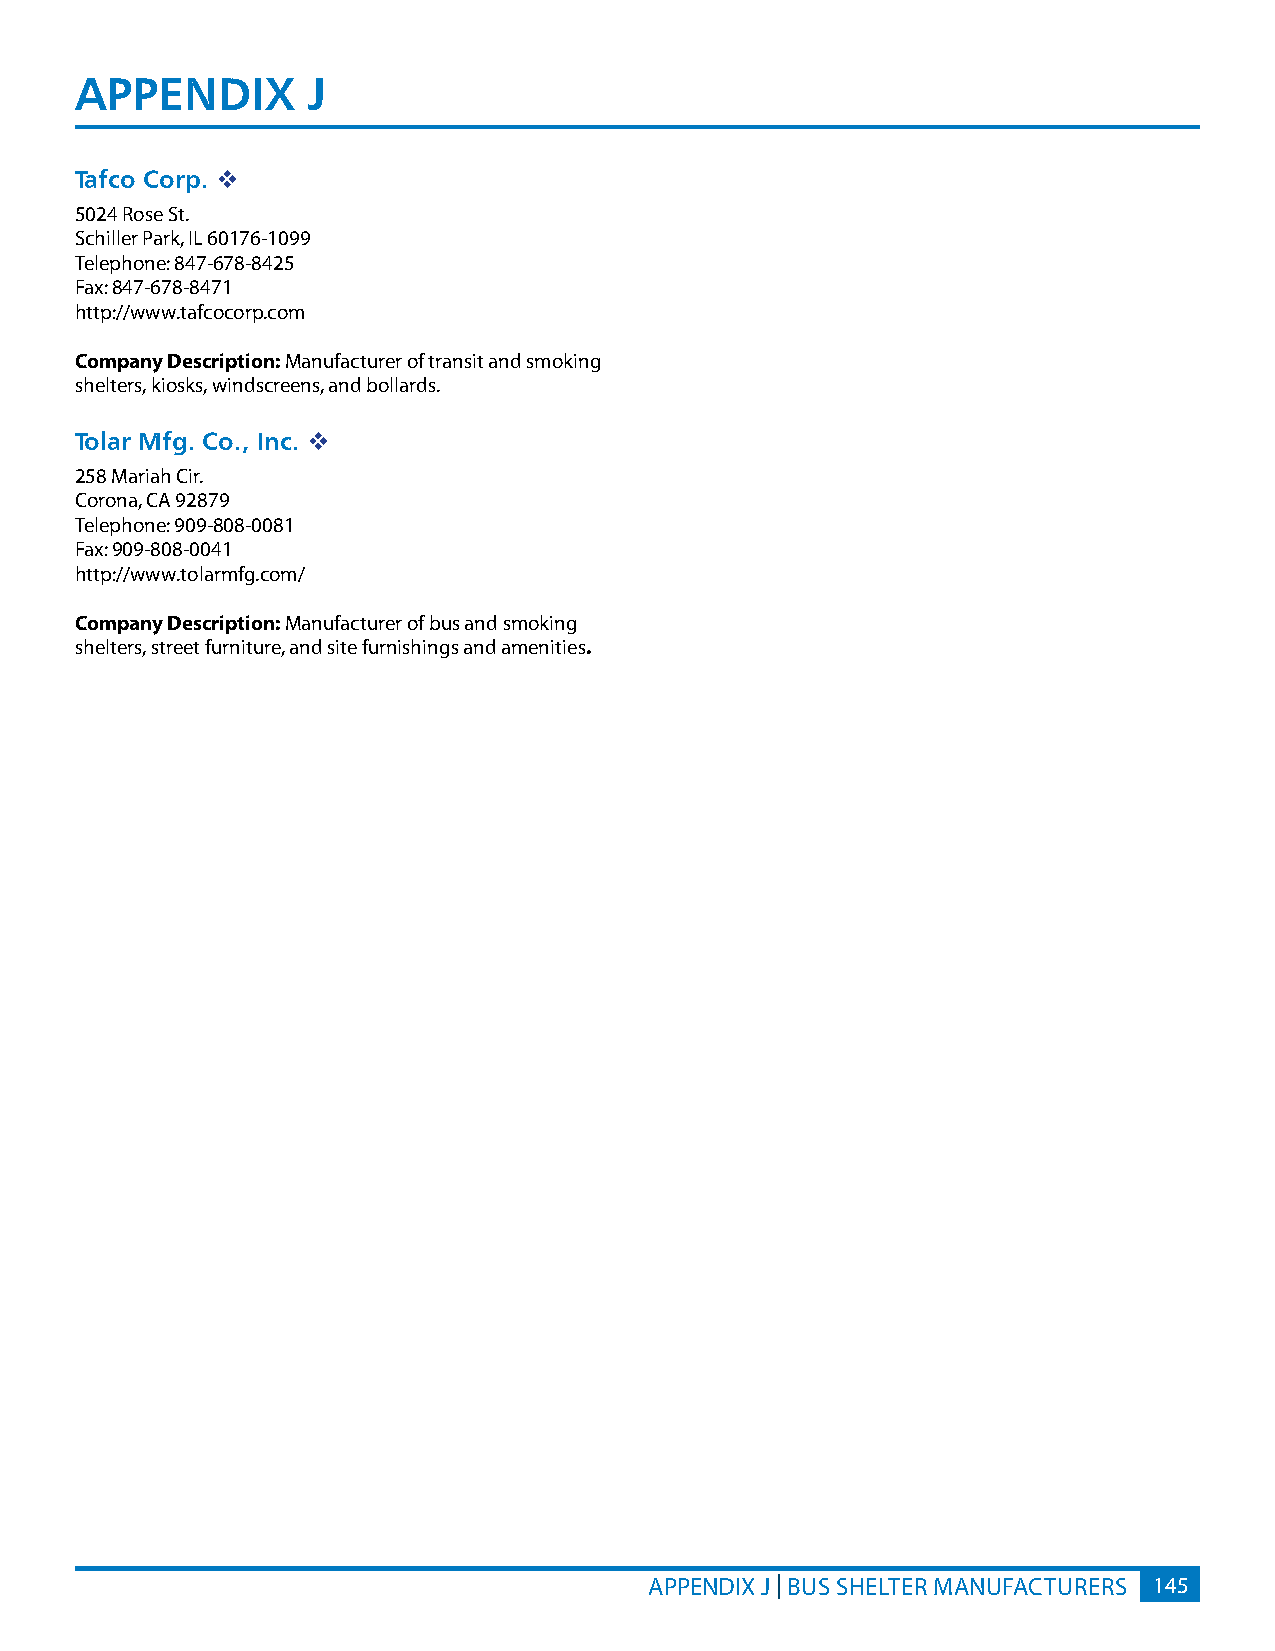
APPENDIx       J
 Tafco Corp. v
 5024 Rose St.
 Schiller Park, IL 60176-1099
 Telephone: 847-678-8425
 Fax: 847-678-8471
 http://www.tafcocorp.com
 Company Description: Manufacturer of transit and smoking
 shelters, kiosks, windscreens, and bollards.
 Tolar Mfg. Co., Inc. v
 258 Mariah Cir.
 Corona, CA 92879
 Telephone: 909-808-0081
 Fax: 909-808-0041
 http://www.tolarmfg.com/
 Company Description: Manufacturer of bus and smoking
 shelters, street furniture, and site furnishings and amenities.
 APPENDIX J | BUS SHELTER MANUFACTURERS 145